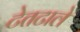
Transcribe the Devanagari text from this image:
टेतटाले